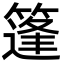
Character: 篷